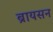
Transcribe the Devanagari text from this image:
ब्रायसन